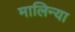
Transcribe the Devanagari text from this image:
मालिन्या